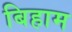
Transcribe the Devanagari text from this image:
बिहाम